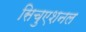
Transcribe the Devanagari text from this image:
सिचुएशनल